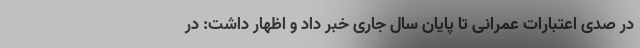
در صدی اعتبارات عمرانی تا پایان سال جاری خبر داد و اظهار داشت: در